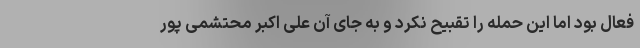
فعال بود اما این حمله را تقبیح نکرد و به جای آن علی اکبر محتشمی پور